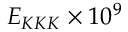
E _ { K K K } \times 1 0 ^ { 9 }